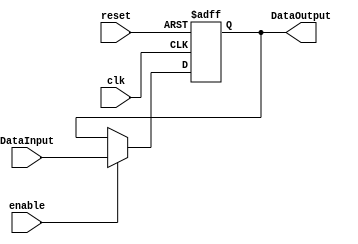
/******************************************************************
* Description
*	This is a register of 32-bit that corresponds to the PC counter. 
*	This register does not have an enable signal.
* Version:
*	1.0
* Author:
*	 Moreno Kevin and Dong Jorge
* email:
* Date:
*	21/04/2020
******************************************************************/

module Pipe
#(
	parameter N=32
)
(
	input clk,
	input reset,
	input enable,
	input  [N-1:0] DataInput,
	
	
	output reg [N-1:0] DataOutput
);

always@(negedge reset or negedge clk) begin
	if(reset==0)
		DataOutput <= 0;
	else if (enable==1)
		DataOutput<=DataInput;
end

endmodule